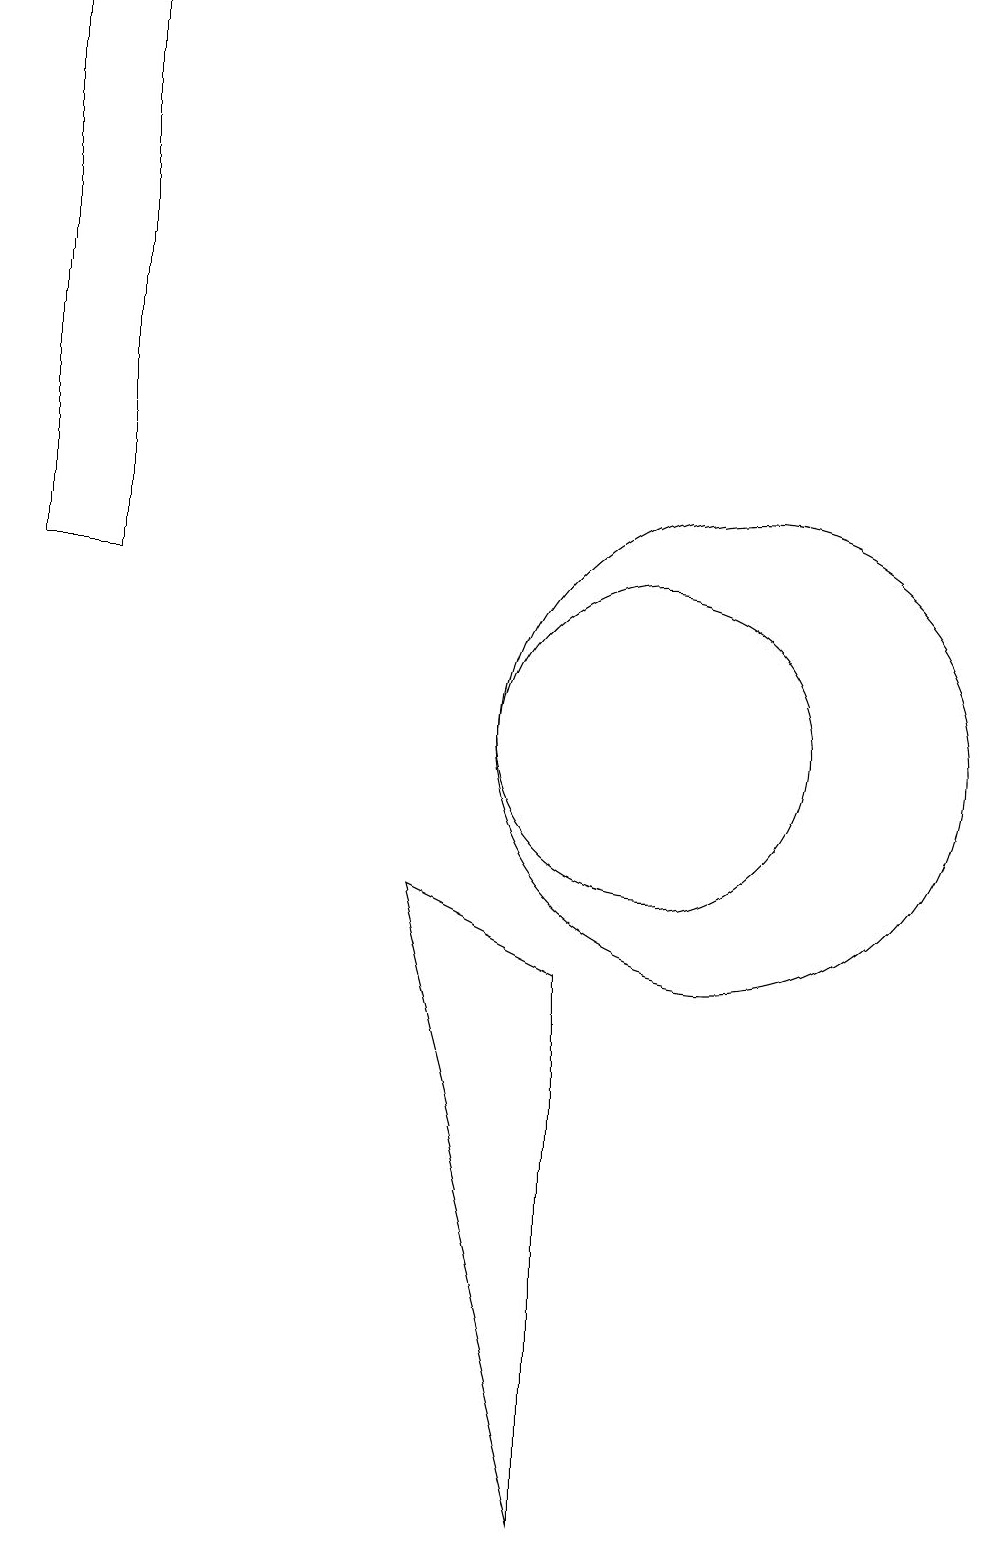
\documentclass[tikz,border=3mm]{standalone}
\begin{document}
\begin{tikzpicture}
\draw (3,12) rectangle (2,19);
\draw (11,10) circle (3);
\draw (10,10) circle (2);
\draw (9,0) -- (9,7) -- (7,8) -- cycle;
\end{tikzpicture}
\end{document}